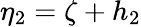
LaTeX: \eta_{2}=\zeta+h_{2}